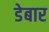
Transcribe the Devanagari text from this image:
डेबार